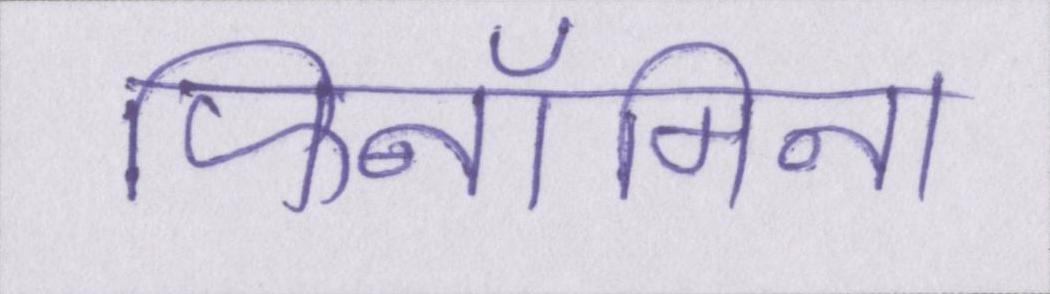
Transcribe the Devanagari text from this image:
फिनॉमिना